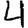
Digit: 4